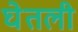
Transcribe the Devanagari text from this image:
घेेतली